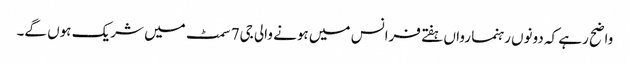
واضح رہے کہ دونوں رہنما رواں ہفتے فرانس میں ہونے والی جی7 سمٹ میں شریک ہوں گے۔